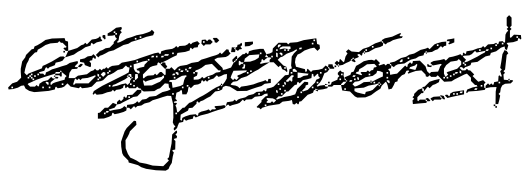
Text: congressional
Cross-out: scratch
Writing tool: digital_black